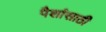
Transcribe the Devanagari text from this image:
पैशांसाठी